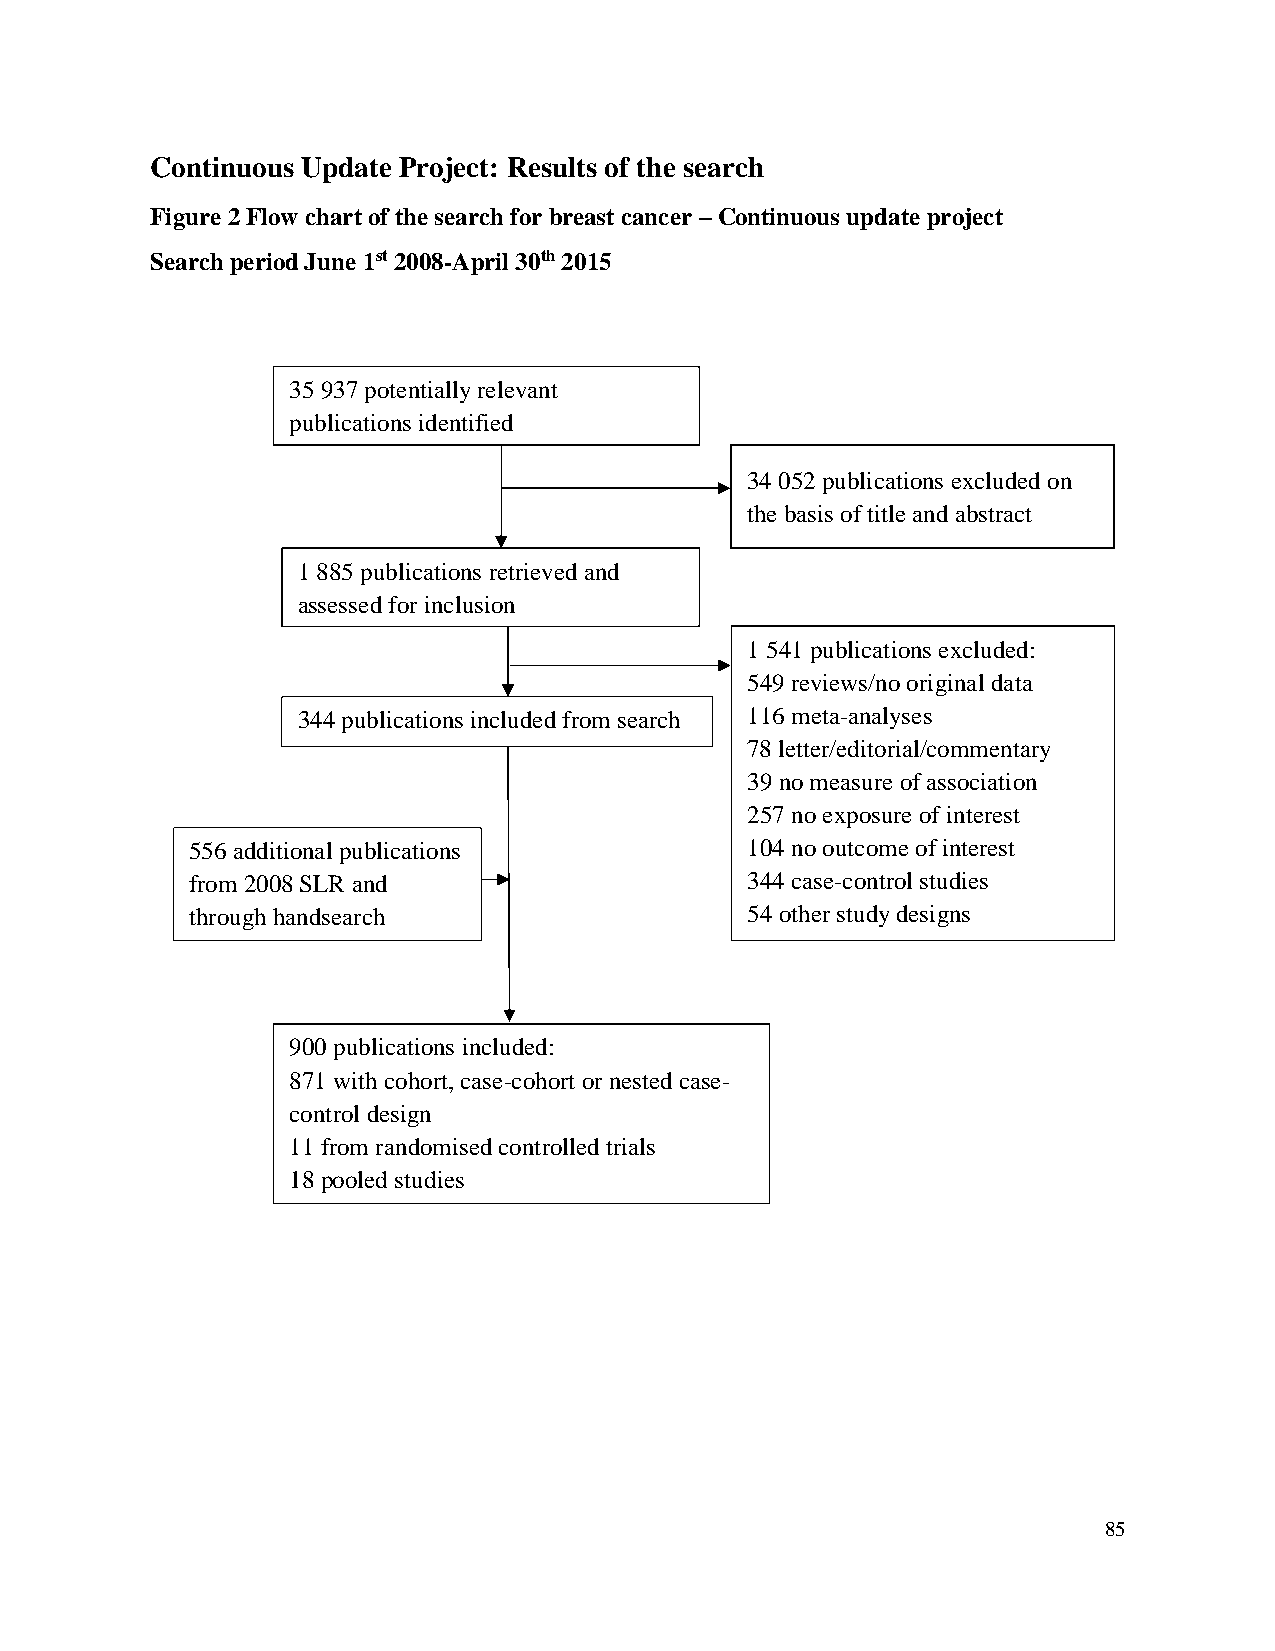
Continuous Update Project: Results of the search
 Figure 2 Flow chart of the search for breast cancer – Continuous update project
 Search period June 1st 2008-April 30th 2015
 35 937 potentially relevant
 publications identified
 identified
 34 052 publications excluded on
 the basis of title and abstract
 1 885 publications retrieved and
 assessed for inclusion
 1 541 publications excluded:
 549 reviews/no original data
 344 publications included from search 116 meta-analyses
 78 letter/editorial/commentary
 39 no measure of association
 257 no exposure of interest
 556 additional publications          104 no outcome of interest
 from 2008 SLR and                    344 case-control studies
 through handsearch                   54 other study designs
 900 publications included:
 871 with cohort, case-cohort or nested case-
 control design
 11 from randomised controlled trials
 18 pooled studies
 85